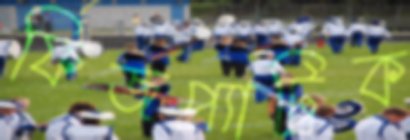
ফিজপ্যাট্রিক